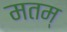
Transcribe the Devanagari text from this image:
मतम्